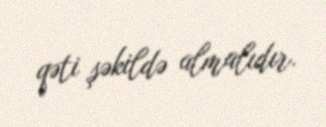
qəti şəkildə almalıdır.